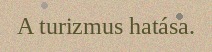
A turizmus hatása.